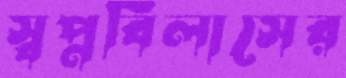
স্বপ্নবিলাসের